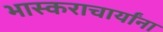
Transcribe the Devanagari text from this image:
भास्कराचार्यांना